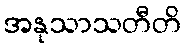
အနုသာသတီတိ